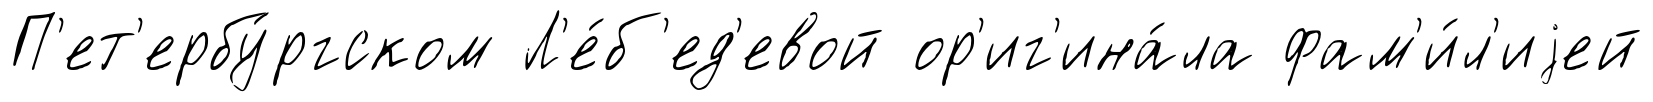
П'ет'ербу́ргском Л'е́б'ед'евой ор'иг'ина́ла фам'и́л'иjей